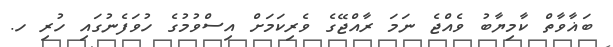
ބަޣާވާތް ކާމިޔާބު ވެއްޖެ ނަމަ ރާއްޖޭގެ ވެރިކަމަށް އިސްވުމުގެ ހުވަފެނުގައި ހުރި ހ.